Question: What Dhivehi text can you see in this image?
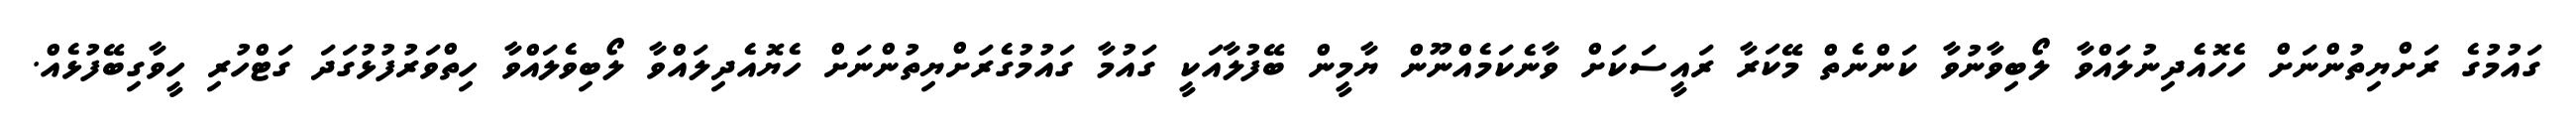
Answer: ގައުމުގެ ރަށްޔިތުންނަށް ހެހޮއެދިނުލައްވާ ލޯބިވާނުވާ ކަންނެތް މޭކަރާ ރައީސަކަށް ވާނެކަމެއްނޫން ޔާމީން ބޭފުލާއަކީ ގައުމާ ގައުމުގެރަށްޔިތުންނަށް ހެޔޮއެދިލައްވާ ލޯބިވެލައްވާ ހިތްވަރުފުޅުގަދަ ގަޓްހުރި ހީވާގިބޭފުޅެއް.